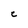
Character: C